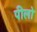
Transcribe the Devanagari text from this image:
पीलो